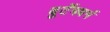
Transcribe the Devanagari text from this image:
वुर्टेमवर्ग